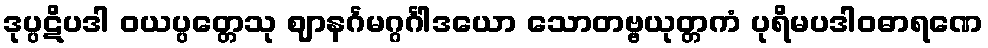
ဒုပ္ပဋိပဒါ ဝယပ္ပတ္တေသု ဈာနင်္ဂမဂ္ဂင်္ဂါဒယော သောတဗ္ဗယုတ္တကံ ပုရိမပဒါဝဓာရဏေ